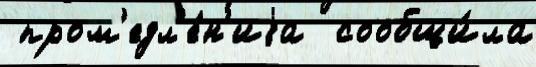
 пром'едл'е́н'иjа  сообщи́ла